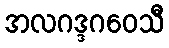
အလဂဒ္ဒဂဝေသီ